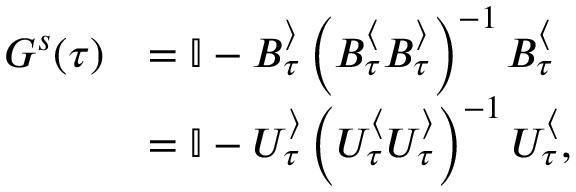
\begin{array} { r l } { G ^ { s } ( \tau ) } & { = \mathbb { I } - B _ { \tau } ^ { \rangle } \left( B _ { \tau } ^ { \langle } B _ { \tau } ^ { \rangle } \right) ^ { - 1 } B _ { \tau } ^ { \langle } } \\ & { = \mathbb { I } - U _ { \tau } ^ { \rangle } \left( U _ { \tau } ^ { \langle } U _ { \tau } ^ { \rangle } \right) ^ { - 1 } U _ { \tau } ^ { \langle } , } \end{array}